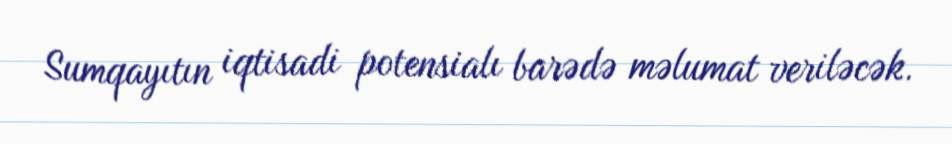
Sumqayıtın iqtisadi potensialı barədə məlumat veriləcək.